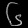
Digit: ၆